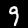
Label: 9